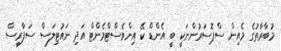
މުބާރާތުގެ މެއިން ސްޕޮސަރުންނަކީ ބީ އެންޑް ކޭ އިންވެސްޓްމެންޓް އަދި ނައުޓިލަސް ސަފާރީސް